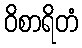
ဝိစာရိတံ